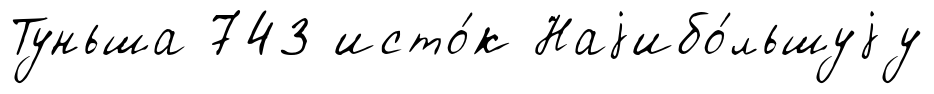
Туньша 743 исто́к Наjибо́льшуjу